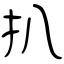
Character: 扒